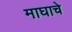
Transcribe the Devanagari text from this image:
माघाचे